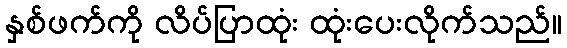
နှစ်ဖက်ကို လိပ်ပြာထုံး ထုံးပေးလိုက်သည်။